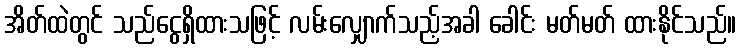
အိတ်ထဲတွင် သည်ငွေရှိထားသဖြင့် လမ်းလျှောက်သည့်အခါ ခေါင်း မတ်မတ် ထားနိုင်သည်။